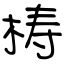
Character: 梼